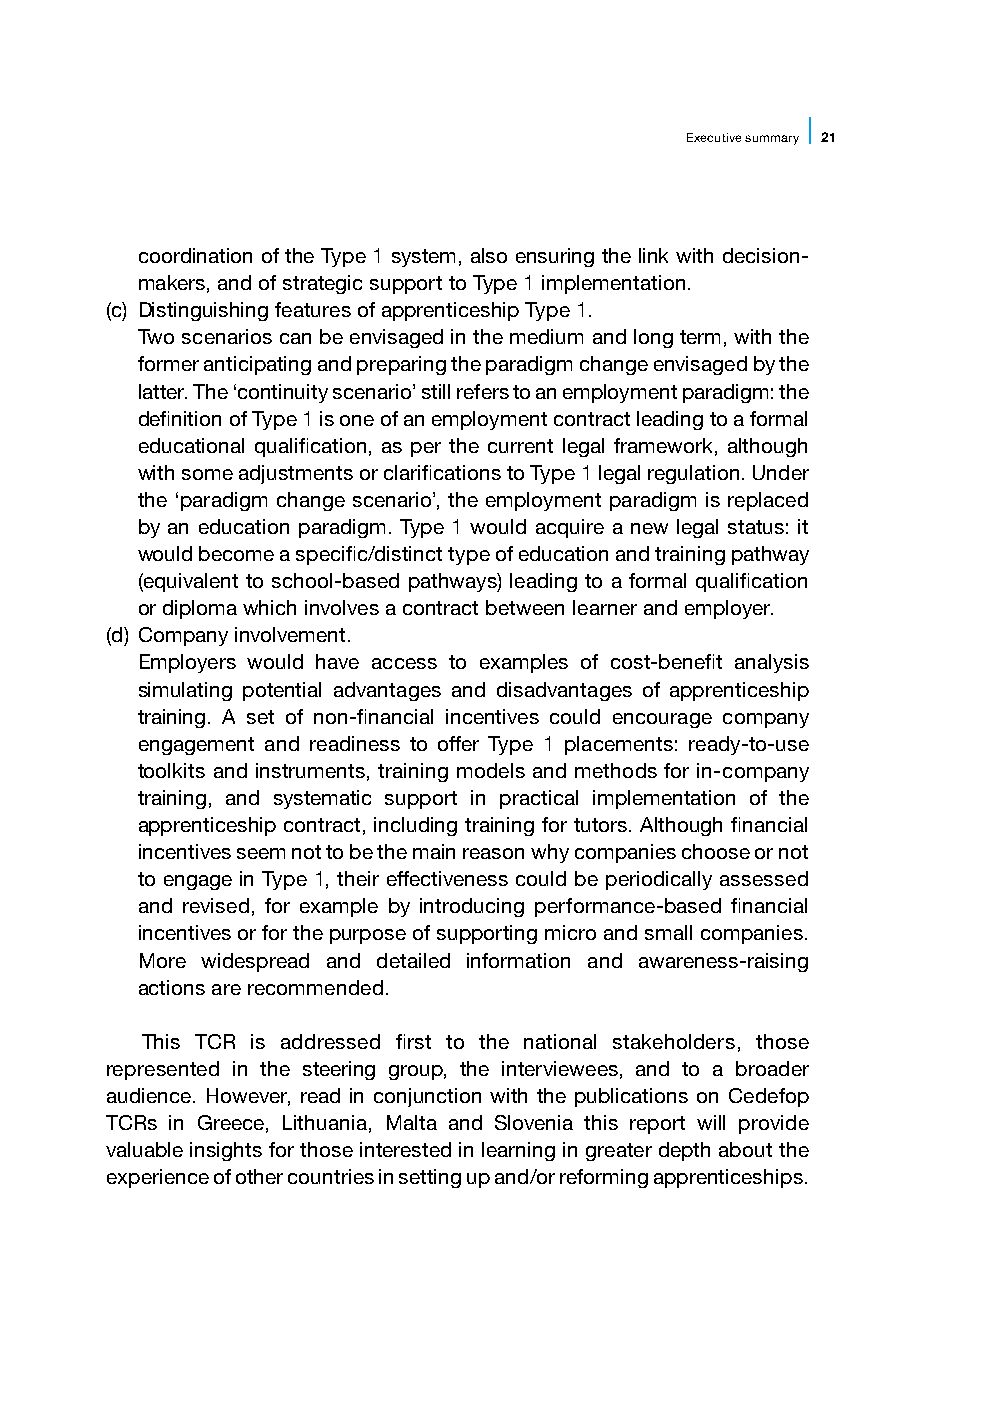
Executive summary 21
 coordination of the Type 1 system, also ensuring the link with decision-
 makers, and of strategic support to Type 1 implementation.
 (c) Distinguishing features of apprenticeship Type 1.
 Two scenarios can be envisaged in the medium and long term, with the
 former anticipating and preparing the paradigm change envisaged by the
 latter. The ‘continuity scenario’ still refers to an employment paradigm: the
 definition of Type 1 is one of an employment contract leading to a formal
 educational qualification, as per the current legal framework, although
 with some adjustments or clarifications to Type 1 legal regulation. Under
 the ‘paradigm change scenario’, the employment paradigm is replaced
 by an education paradigm. Type 1 would acquire a new legal status: it
 would become a specific/distinct type of education and training pathway
 (equivalent to school-based pathways) leading to a formal qualification
 or diploma which involves a contract between learner and employer.
 (d) Company involvement.
 Employers would have access to examples of cost-benefit analysis
 simulating potential advantages and disadvantages of apprenticeship
 training. A set of non-financial incentives could encourage company
 engagement and readiness to offer Type 1 placements: ready-to-use
 toolkits and instruments, training models and methods for in-company
 training, and systematic support in practical implementation of the
 apprenticeship contract, including training for tutors. Although financial
 incentives seem not to be the main reason why companies choose or not
 to engage in Type 1, their effectiveness could be periodically assessed
 and revised, for example by introducing performance-based financial
 incentives or for the purpose of supporting micro and small companies.
 More widespread and detailed information and awareness-raising
 actions are recommended.
 This TCR is addressed first to the national stakeholders, those
 represented in the steering group, the interviewees, and to a broader
 audience. However, read in conjunction with the publications on Cedefop
 TCRs in Greece, Lithuania, Malta and Slovenia this report will provide
 valuable insights for those interested in learning in greater depth about the
 experience of other countries in setting up and/or reforming apprenticeships.